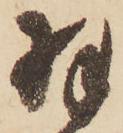
羽